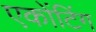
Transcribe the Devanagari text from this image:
एकोंटिंग